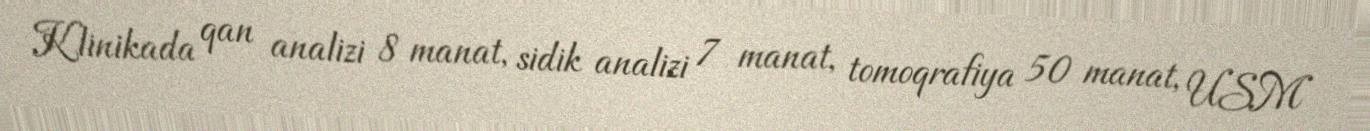
Klinikada qan analizi 8 manat, sidik analizi 7 manat, tomoqrafiya 50 manat, USM